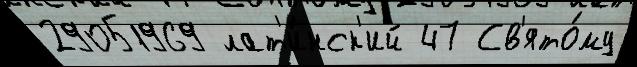
29051969 лат'и́нск'ий 47 Св'ято́му